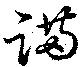
蹣